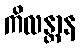
ကိလန္တာန